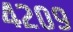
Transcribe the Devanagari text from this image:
४२०९